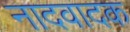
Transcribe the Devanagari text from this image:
नादवादक